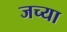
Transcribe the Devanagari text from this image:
जच्या